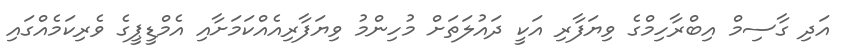
އަދި ގާސިމް އިބްރާހިމްގެ ވިޔަފާރި އަކީ ދައުލަތަށް މުހިންމު ވިޔަފާރިއެއްކަމަށާއި އެމްޑީޕީގެ ވެރިކަމެއްގައި